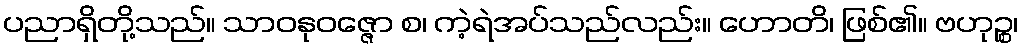
ပညာရှိတို့သည်။ သာဝနုဝဇ္ဇော စ၊ ကဲ့ရဲအပ်သည်လည်း။ ဟောတိ၊ ဖြစ်၏။ ဗဟုဉ္စ၊